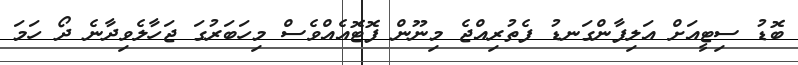
ބޮޑު ސިޓީއަށް އަލިފާންގަނޑު ފެތުރިއްޖެ މިނޫން ފޮޓޮއެއްވެސް މިހަބަރުގަ ޖަހާލެވިދާނެ ދޯ ހަމަ